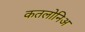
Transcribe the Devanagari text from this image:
कतलोनिअ